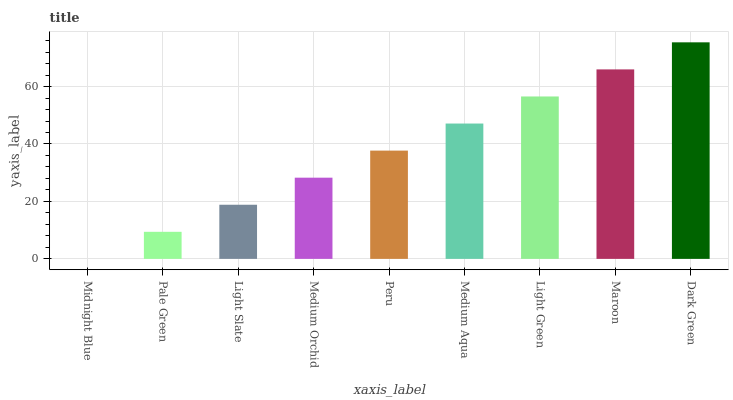
| xaxis_label | bars |
 | --- | --- |
 | Midnight Blue | 0 |
 | Pale Green | 9.42 |
 | Light Slate | 18.8 |
 | Medium Orchid | 28.3 |
 | Peru | 37.7 |
 | Medium Aqua | 47.1 |
 | Light Green | 56.5 |
 | Maroon | 66 |
 | Dark Green | 75.4 |